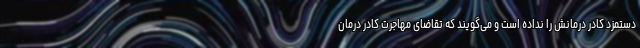
دستمزد کادر درمانش را نداده است و می‌گویند که تقاضای مهاجرت کادر درمان